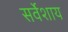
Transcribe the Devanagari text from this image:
सर्वेशाय